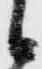
候